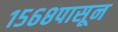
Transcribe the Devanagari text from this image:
१५६८पासून